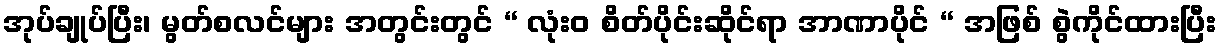
အုပ်ချုပ်ပြီး၊ မွတ်စလင်များ အတွင်းတွင် “ လုံးဝ စိတ်ပိုင်းဆိုင်ရာ အာဏာပိုင် “ အဖြစ် စွဲကိုင်ထားပြီး